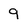
Character: 9